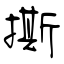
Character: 撕